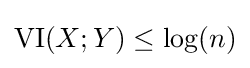
\mathrm {VI} (X;Y)\leq \log(n)